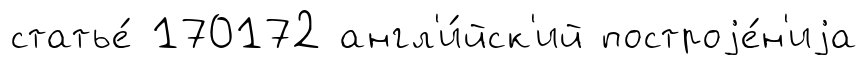
статье́ 170172 англ'и́йск'ий построjе́н'иjа